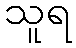
သူရ